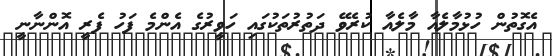
އެގޮތުން ހުޅުމާލެއާ މާލެއާ ކުރެވޭ ދަތުރުތަކުގައި ހަވީރުގެ އެންމެ ފަހު ފެރީ އޮންނާނީ